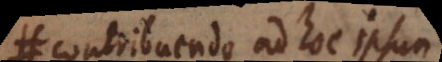
ap contribuendo ad hoc ipsum